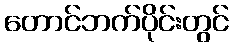
တောင်ဘက်ပိုင်းတွင်